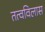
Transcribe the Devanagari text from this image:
तत्वविलास